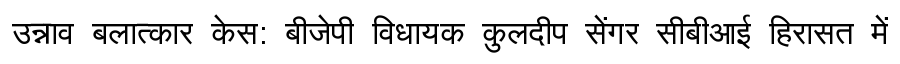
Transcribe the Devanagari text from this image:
उन्नाव बलात्कार केस: बीजेपी विधायक कुलदीप सेंगर सीबीआई हिरासत में